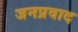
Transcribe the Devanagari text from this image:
जनप्रवाद